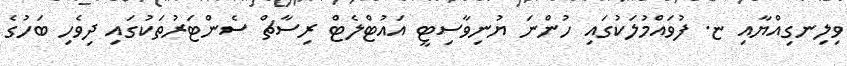
ވިލިނގިއްޔާއި ޏ. ފުވައްމުލަކުގައި ހުންނަ ޔުނިވާސިޓީ އައުޓްލެޓް ރިސާޗް ސެންޓަރުތަކުގައި ދިވެހި ބަހުގެ